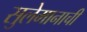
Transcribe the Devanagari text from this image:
सुलेमानाची